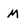
Character: m